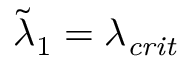
\tilde { \lambda } _ { 1 } = \lambda _ { \mathit { c r i t } }